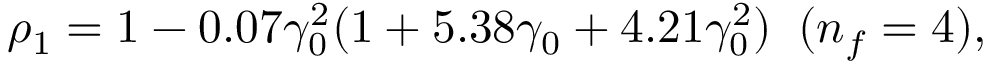
\rho _ { 1 } = 1 - 0 . 0 7 \gamma _ { 0 } ^ { 2 } ( 1 + 5 . 3 8 \gamma _ { 0 } + 4 . 2 1 \gamma _ { 0 } ^ { 2 } ) \; \; ( n _ { f } = 4 ) ,